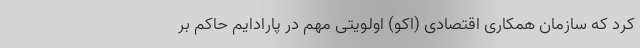
کرد که سازمان همکاری اقتصادی (اکو) اولویتی مهم در پارادایم حاکم بر